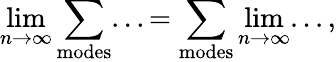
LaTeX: \operatorname*{lim}_{n\rightarrow\infty}\sum_{\mathrm{modes}}...=\sum_{\mathrm{modes}}\operatorname*{lim}_{n\rightarrow\infty}...,